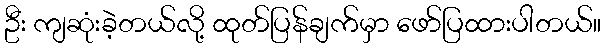
ဦး ကျဆုံးခဲ့တယ်လို့ ထုတ်ပြန်ချက်မှာ ဖော်ပြထားပါတယ်။